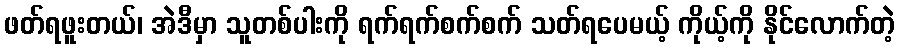
ဖတ်ရဖူးတယ်၊ အဲဒီမှာ သူတစ်ပါးကို ရက်ရက်စက်စက် သတ်ရပေမယ့် ကိုယ့်ကို နိုင်လောက်တဲ့